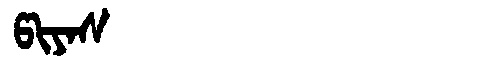
Manchu: ᡦᡳᠶᠠᠰ
Romanization: PIYAS